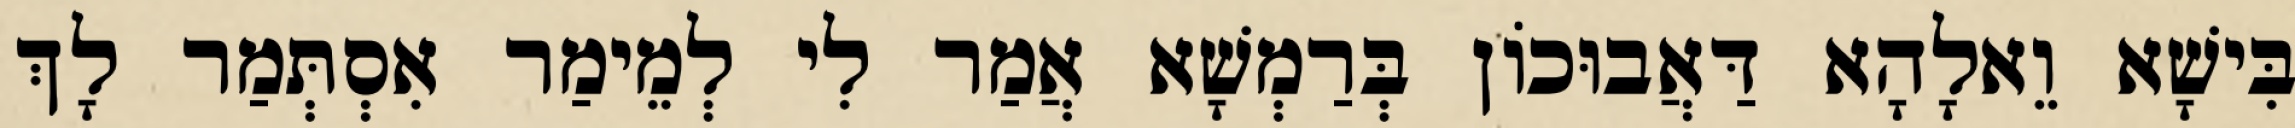
בִּישָׁא וֵאלָהָא דַּאֲבוּכוֹן בְּרַמְשָׁא אֲמַר לִי לְמֵימַר אִסְתְּמַר לָךְ